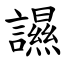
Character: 䜙